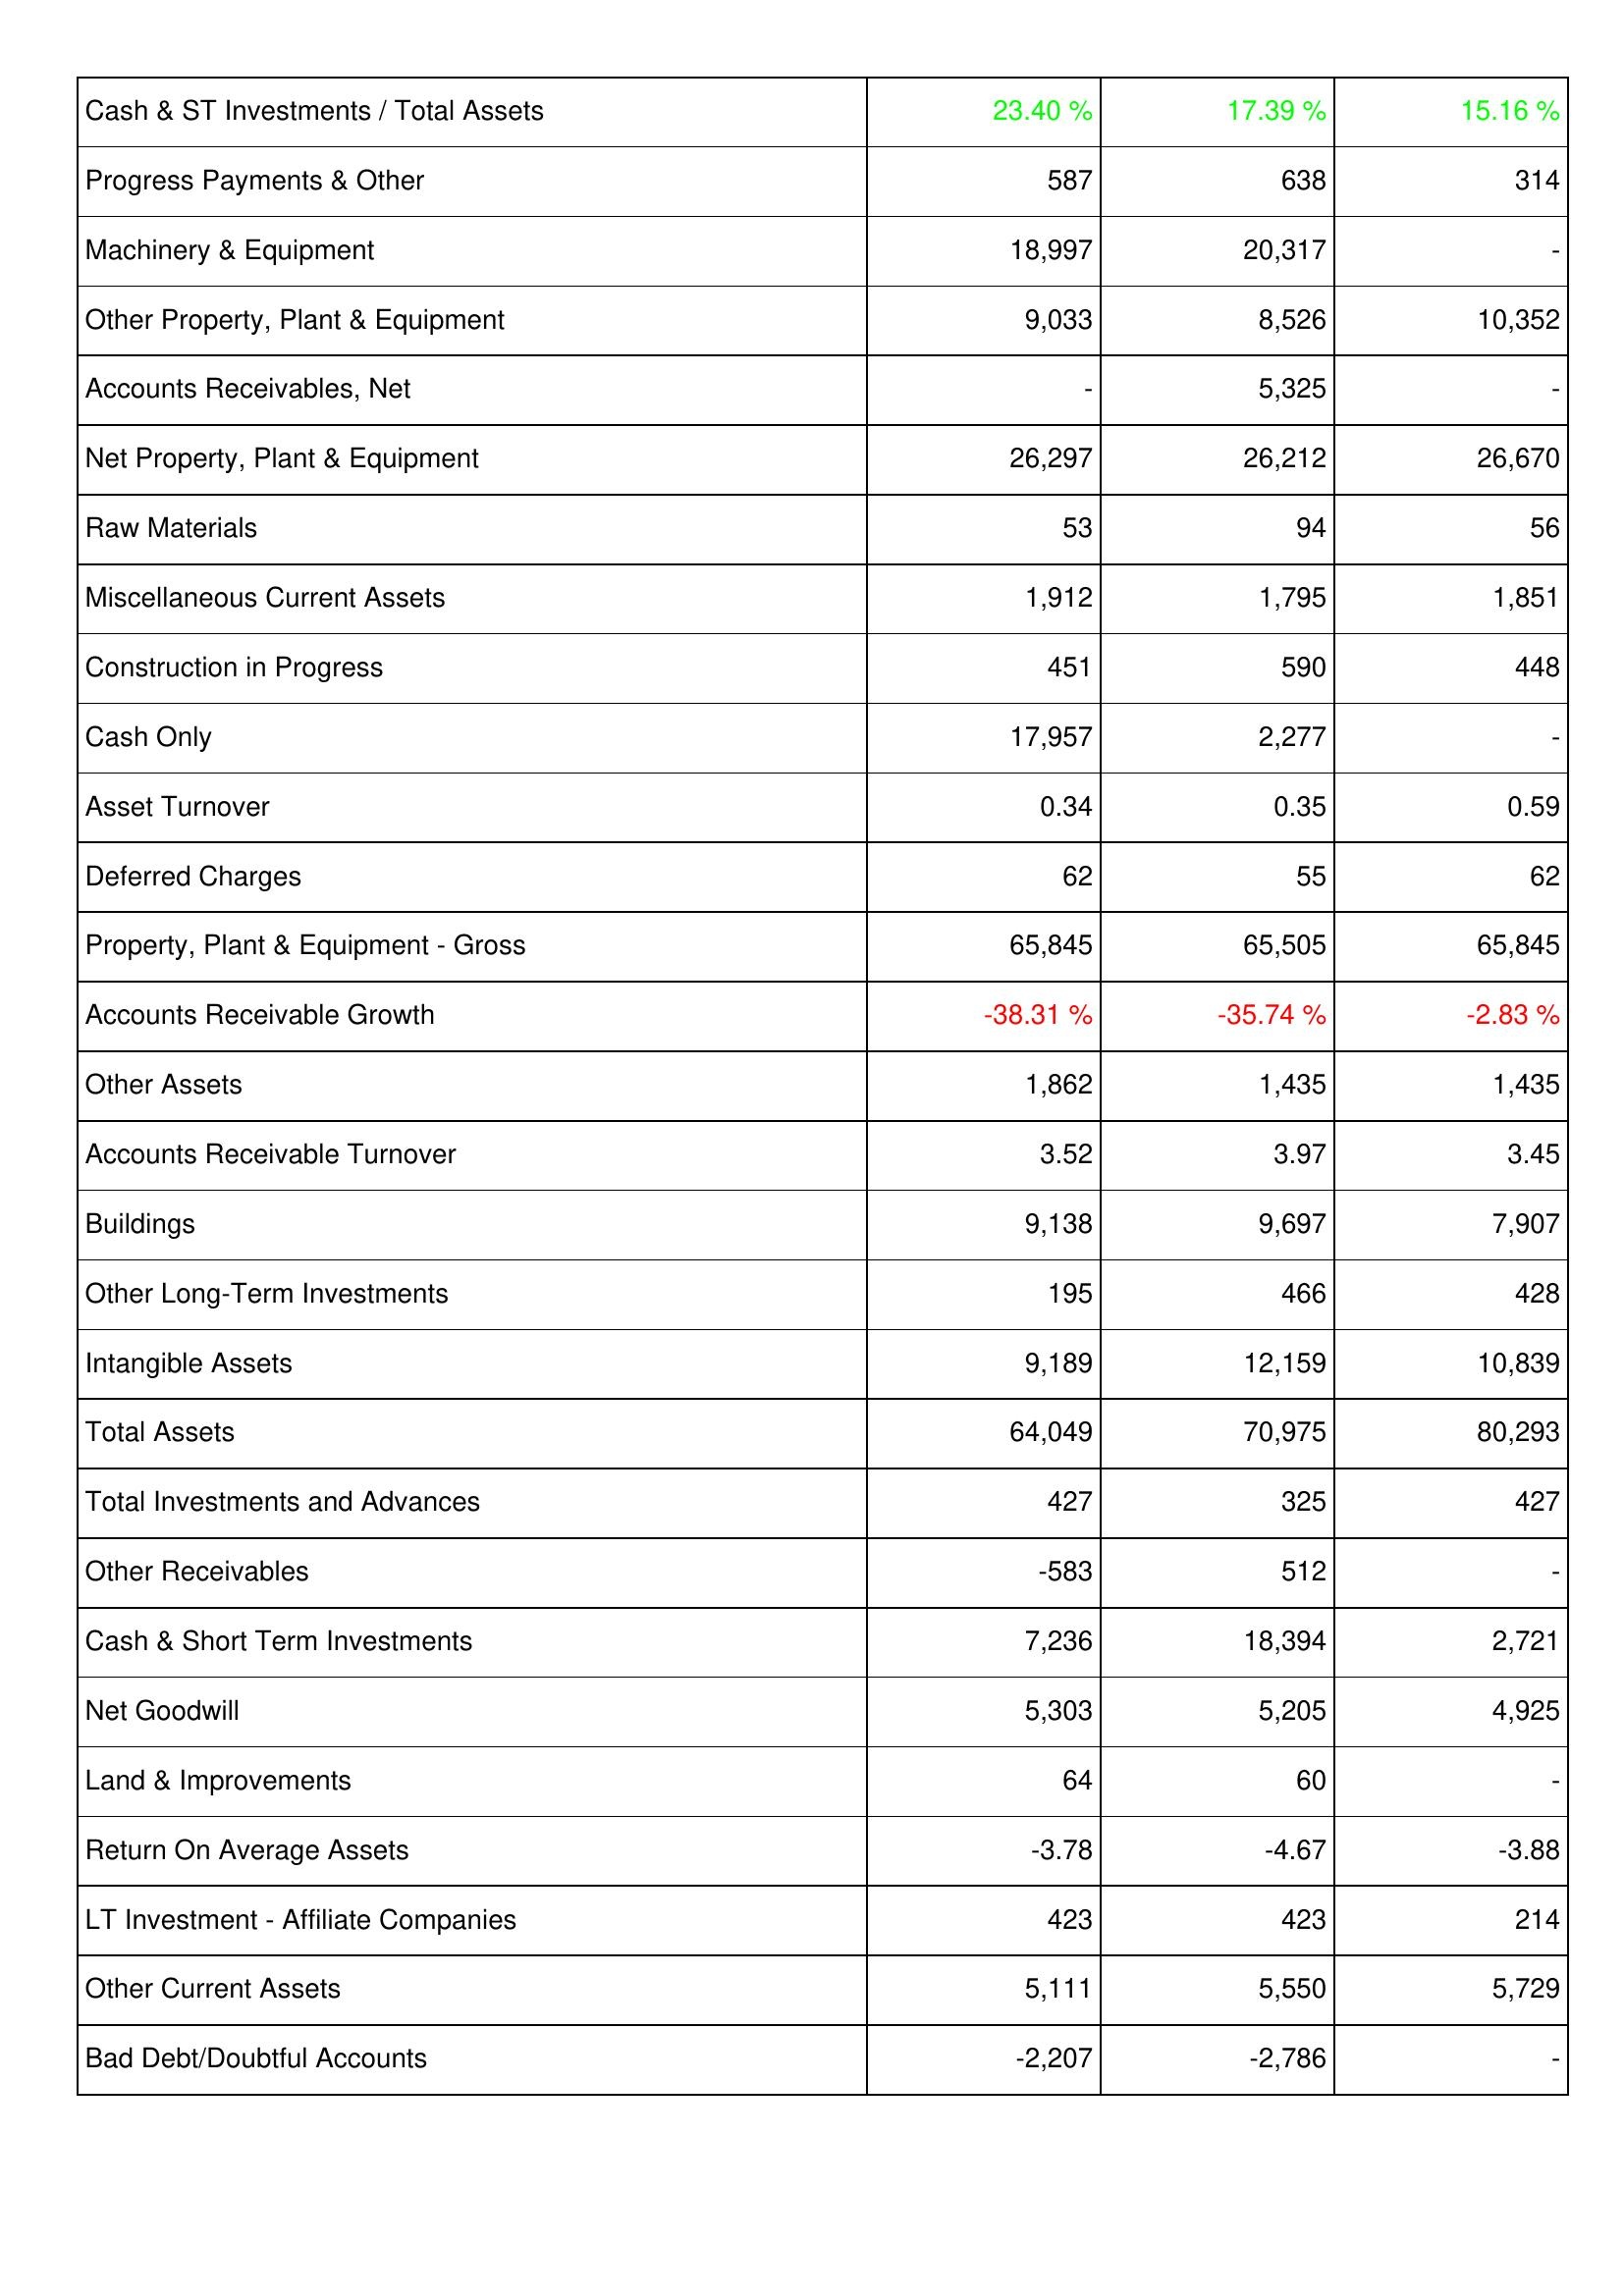
2019: Assets: Cash & ST Investments / Total Assets: 23.40 %
Progress Payments & Other: 587
Machinery & Equipment: 18,997
Other Property, Plant & Equipment: 9,033
Accounts Receivables, Net: -
Net Property, Plant & Equipment: 26,297
Raw Materials: 53
Miscellaneous Current Assets: 1,912
Construction in Progress: 451
Cash Only: 17,957
Asset Turnover: 0.34
Deferred Charges: 62
Property, Plant & Equipment - Gross: 65,845
Accounts Receivable Growth: -38.31 %
Other Assets: 1,862
Accounts Receivable Turnover: 3.52
Buildings: 9,138
Other Long-Term Investments: 195
Intangible Assets: 9,189
Total Assets: 64,049
Total Investments and Advances: 427
Other Receivables: -583
Cash & Short Term Investments: 7,236
Net Goodwill: 5,303
Land & Improvements: 64
Return On Average Assets: -3.78
LT Investment - Affiliate Companies: 423
Other Current Assets: 5,111
Bad Debt/Doubtful Accounts: -2,207
2020: Assets: Cash & ST Investments / Total Assets: 17.39 %
Progress Payments & Other: 638
Machinery & Equipment: 20,317
Other Property, Plant & Equipment: 8,526
Accounts Receivables, Net: 5,325
Net Property, Plant & Equipment: 26,212
Raw Materials: 94
Miscellaneous Current Assets: 1,795
Construction in Progress: 590
Cash Only: 2,277
Asset Turnover: 0.35
Deferred Charges: 55
Property, Plant & Equipment - Gross: 65,505
Accounts Receivable Growth: -35.74 %
Other Assets: 1,435
Accounts Receivable Turnover: 3.97
Buildings: 9,697
Other Long-Term Investments: 466
Intangible Assets: 12,159
Total Assets: 70,975
Total Investments and Advances: 325
Other Receivables: 512
Cash & Short Term Investments: 18,394
Net Goodwill: 5,205
Land & Improvements: 60
Return On Average Assets: -4.67
LT Investment - Affiliate Companies: 423
Other Current Assets: 5,550
Bad Debt/Doubtful Accounts: -2,786
2021: Assets: Cash & ST Investments / Total Assets: 15.16 %
Progress Payments & Other: 314
Machinery & Equipment: -
Other Property, Plant & Equipment: 10,352
Accounts Receivables, Net: -
Net Property, Plant & Equipment: 26,670
Raw Materials: 56
Miscellaneous Current Assets: 1,851
Construction in Progress: 448
Cash Only: -
Asset Turnover: 0.59
Deferred Charges: 62
Property, Plant & Equipment - Gross: 65,845
Accounts Receivable Growth: -2.83 %
Other Assets: 1,435
Accounts Receivable Turnover: 3.45
Buildings: 7,907
Other Long-Term Investments: 428
Intangible Assets: 10,839
Total Assets: 80,293
Total Investments and Advances: 427
Other Receivables: -
Cash & Short Term Investments: 2,721
Net Goodwill: 4,925
Land & Improvements: -
Return On Average Assets: -3.88
LT Investment - Affiliate Companies: 214
Other Current Assets: 5,729
Bad Debt/Doubtful Accounts: -